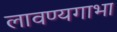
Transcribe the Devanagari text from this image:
लावण्यगाभा